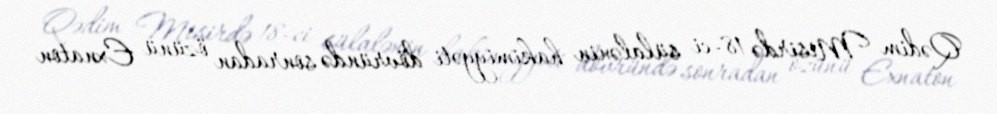
Qədim Misirdə 18-ci sülalənin hakimiyyəti dövründə sonradan özünü Exnaton